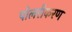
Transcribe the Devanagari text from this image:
पोलरीकरण